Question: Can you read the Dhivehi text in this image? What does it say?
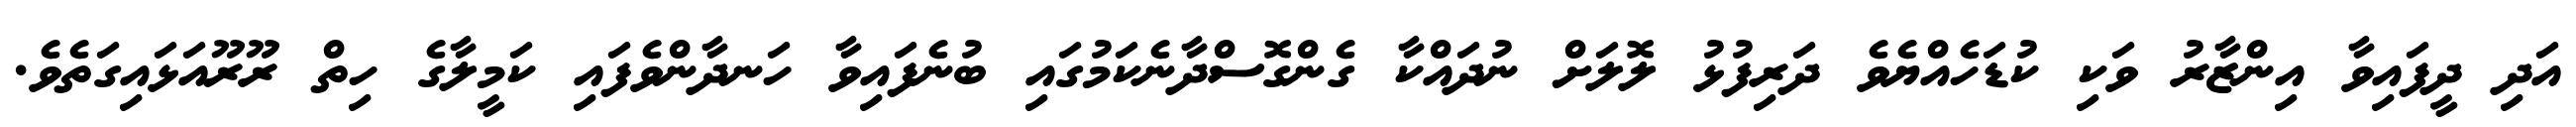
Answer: އަދި ދީފައިވާ އިންޒާރު ވަކި ކުޑަހެއްޔެވެ ދަރިފުޅު ލޮލަށް ނުދައްކާ ގެންގޮސްދާނެކަމުގައި ބުނެފައިވާ ހަނދާންވެފައި ކަމީލާގެ ހިތް ރޫރޫއަޅައިގަތެވެ.